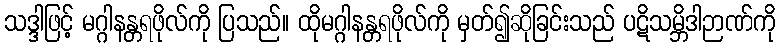
သဒ္ဒါဖြင့် မဂ္ဂါနန္တရဖိုလ်ကို ပြသည်။ ထိုမဂ္ဂါနန္တရဖိုလ်ကို မှတ်၍ဆိုခြင်းသည် ပဋိသမ္ဘိဒါဉာဏ်ကို